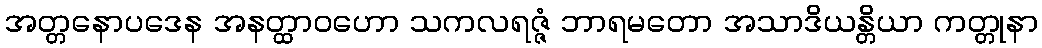
အတ္တနောပဒေန အနတ္ထာဝဟော သကလရဇ္ဇံ ဘာရမတော အသာဒိယန္တိယာ ကတ္တုနာ